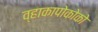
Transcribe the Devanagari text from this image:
व्हाकापोकोको